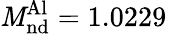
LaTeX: \mathit{M}_{\mathrm{{nd}}}^{\mathrm{{Al}}}=1.0229\,